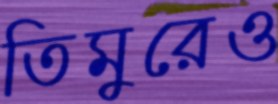
তিমুরেও